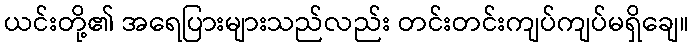
ယင်းတို့၏ အရေပြားများသည်လည်း တင်းတင်းကျပ်ကျပ်မရှိချေ။